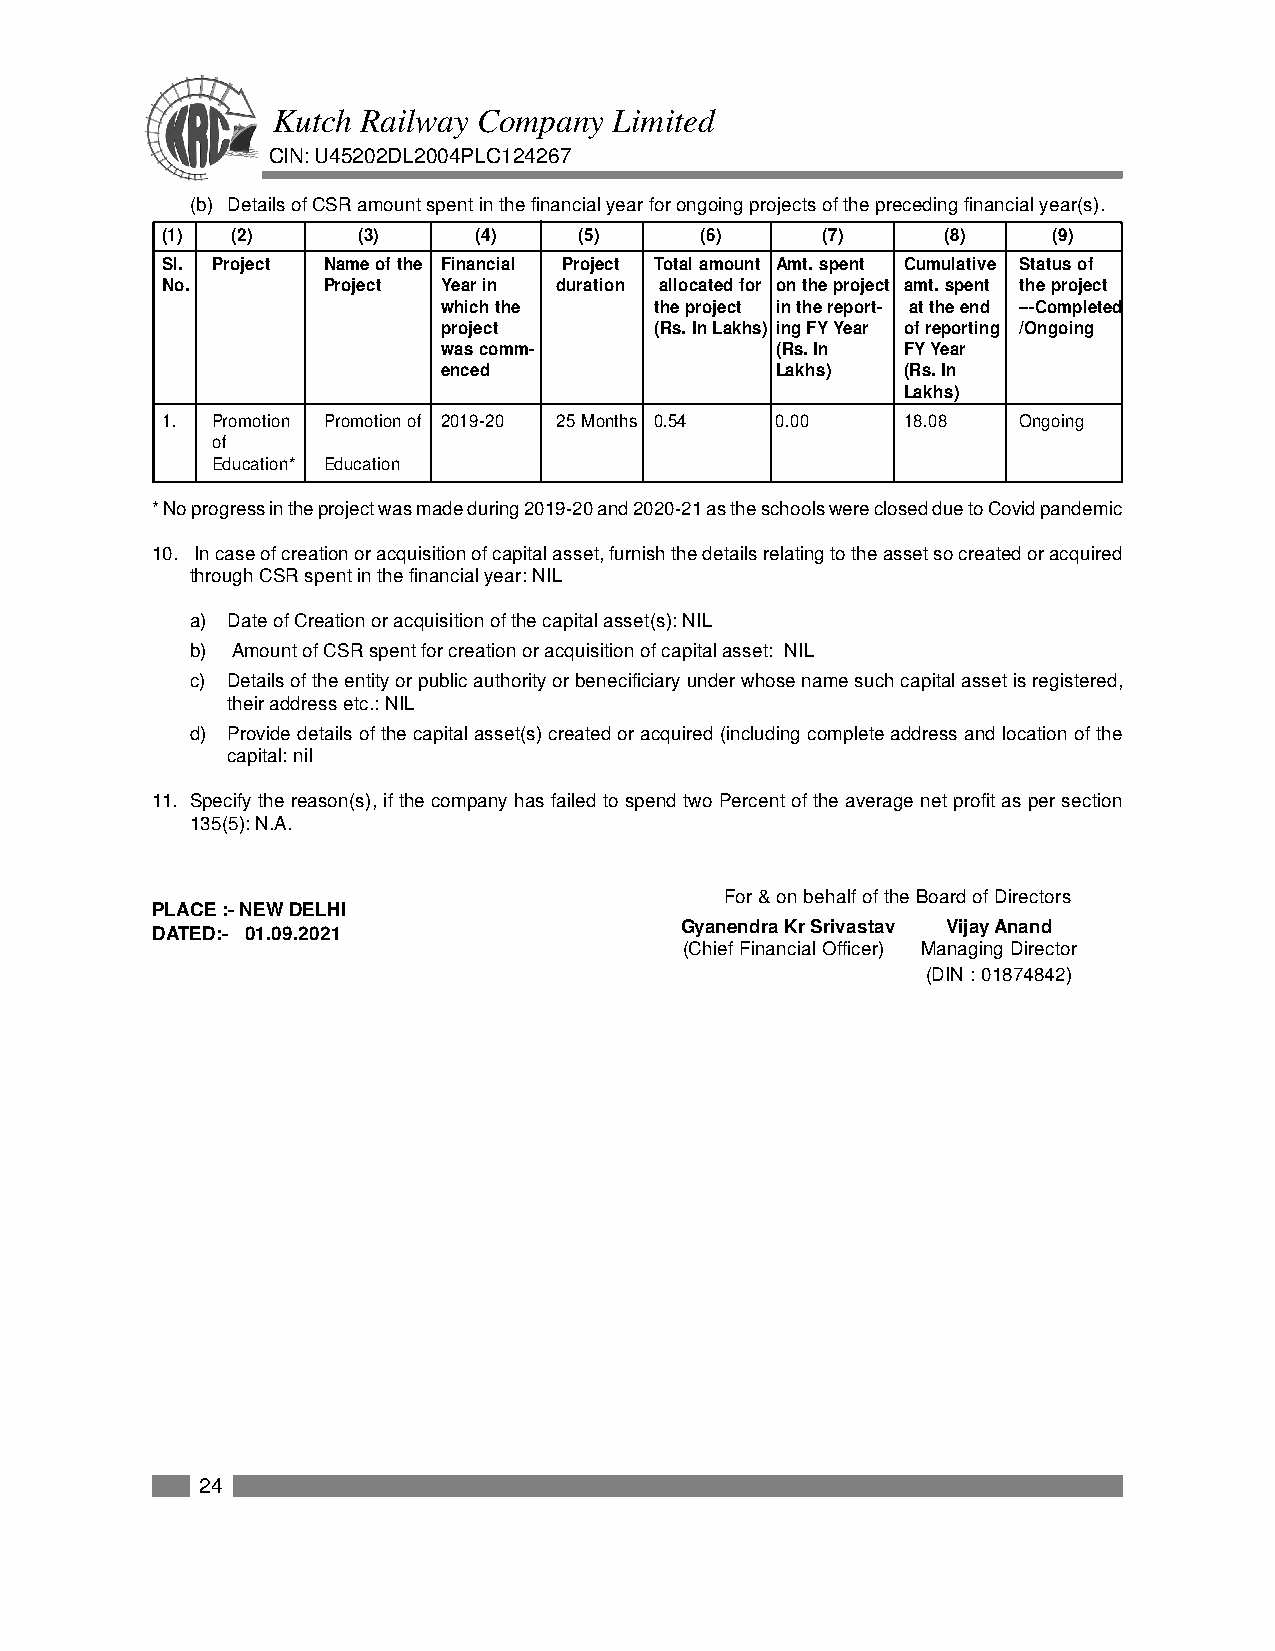
Kutch Railway Company  Limited
 CIN: U45202DL2004PLC124267
 (b) Details of CSR amount spent in the financial year for ongoing projects of the preceding financial year(s).
 (1) (2)      (3)     (4)   (5)     (6)     (7)      (8)    (9)
 Sl. Project Name of the Financial Project Total amount Amt. spent Cumulative Status of
 No.       Project Year in duration allocated for on the project amt. spent the project
 which the     the project in the report- at the end –-Completed
 project       (Rs. In Lakhs) ing FY Year of reporting /Ongoing
 was comm-             (Rs. In  FY Year
 enced                 Lakhs)   (Rs. In
 Lakhs)
 1. Promotion Promotion of 2019-20 25 Months 0.54 0.00 18.08 Ongoing
 of
 Education* Education
 * No progress in the project was made during 2019-20 and 2020-21 as the schools were closed due to Covid pandemic
 10. In case of creation or acquisition of capital asset, furnish the details relating to the asset so created or acquired
 through CSR spent in the financial year: NIL
 a) Date of Creation or acquisition of the capital asset(s): NIL
 b) Amount of CSR spent for creation or acquisition of capital asset: NIL
 c) Details of the entity or public authority or benecificiary under whose name such capital asset is registered,
 their address etc.: NIL
 d) Provide details of the capital asset(s) created or acquired (including complete address and location of the
 capital: nil
 11. Specify the reason(s), if the company has failed to spend two Percent of the average net profit as per section
 135(5): N.A.
 For & on behalf of the Board of Directors
 PLACE :- NEW DELHI
 Gyanendra Kr Srivastav Vijay Anand
 DATED:- 01.09.2021
 (Chief Financial Officer) Managing Director
 (DIN : 01874842)
 24